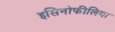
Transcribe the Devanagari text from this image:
इसिनोफीलिया